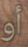
أو